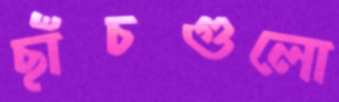
ছাঁচগুলো